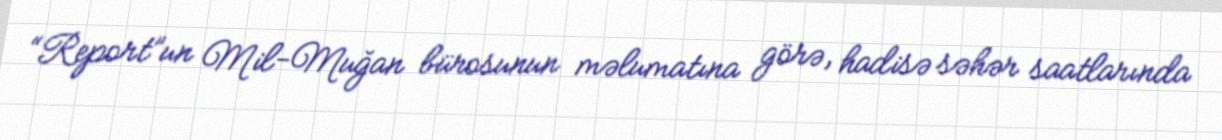
“Report”un Mil-Muğan bürosunun məlumatına görə, hadisə səhər saatlarında